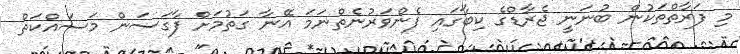
މި ފަރާތްތަކުން ބުނަނީ ޖެރާޑްގެ ކިބާގައި ފެންވަރުނެތްނަމަ އޭނާ ގަތުމަށް ފާގަސަން މަސައްކަތް